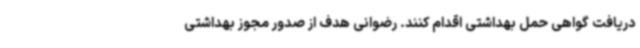
دریافت گواهی حمل بهداشتی اقدام کنند. رضوانی هدف از صدور مجوز بهداشتی